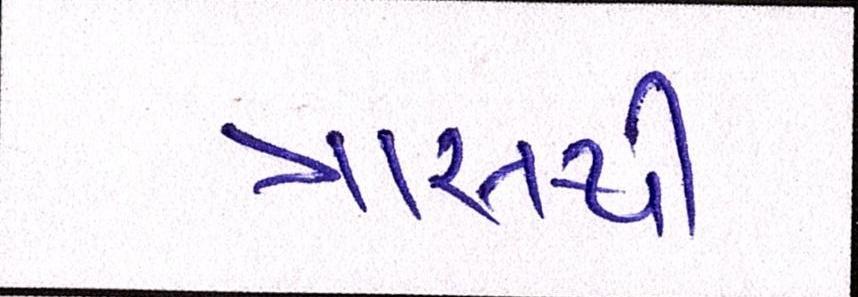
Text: ત્રાસથી